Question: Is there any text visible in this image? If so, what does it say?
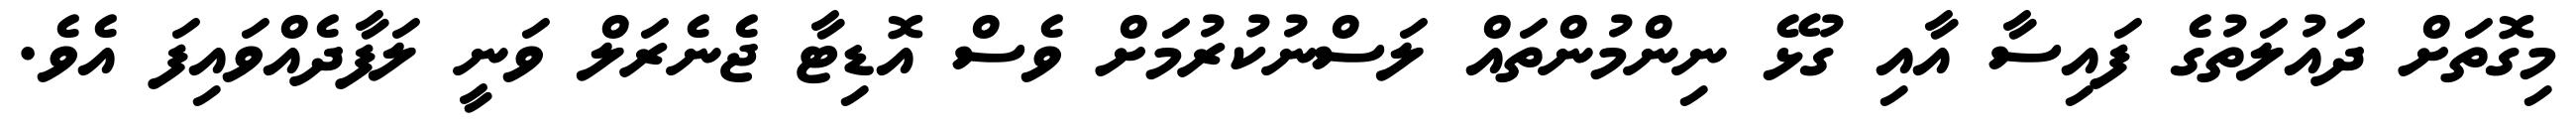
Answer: މިގޮތަށް ދައުލަތުގެ ފައިސާ އާއި ގުޅޭ ނިންމުންތައް ލަސްނުކުރުމަށް ވެސް އޮޑިޓާ ޖެނެރަލް ވަނީ ލަފާދެއްވައިފަ އެވެ.